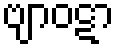
ဗျာဝဋာ